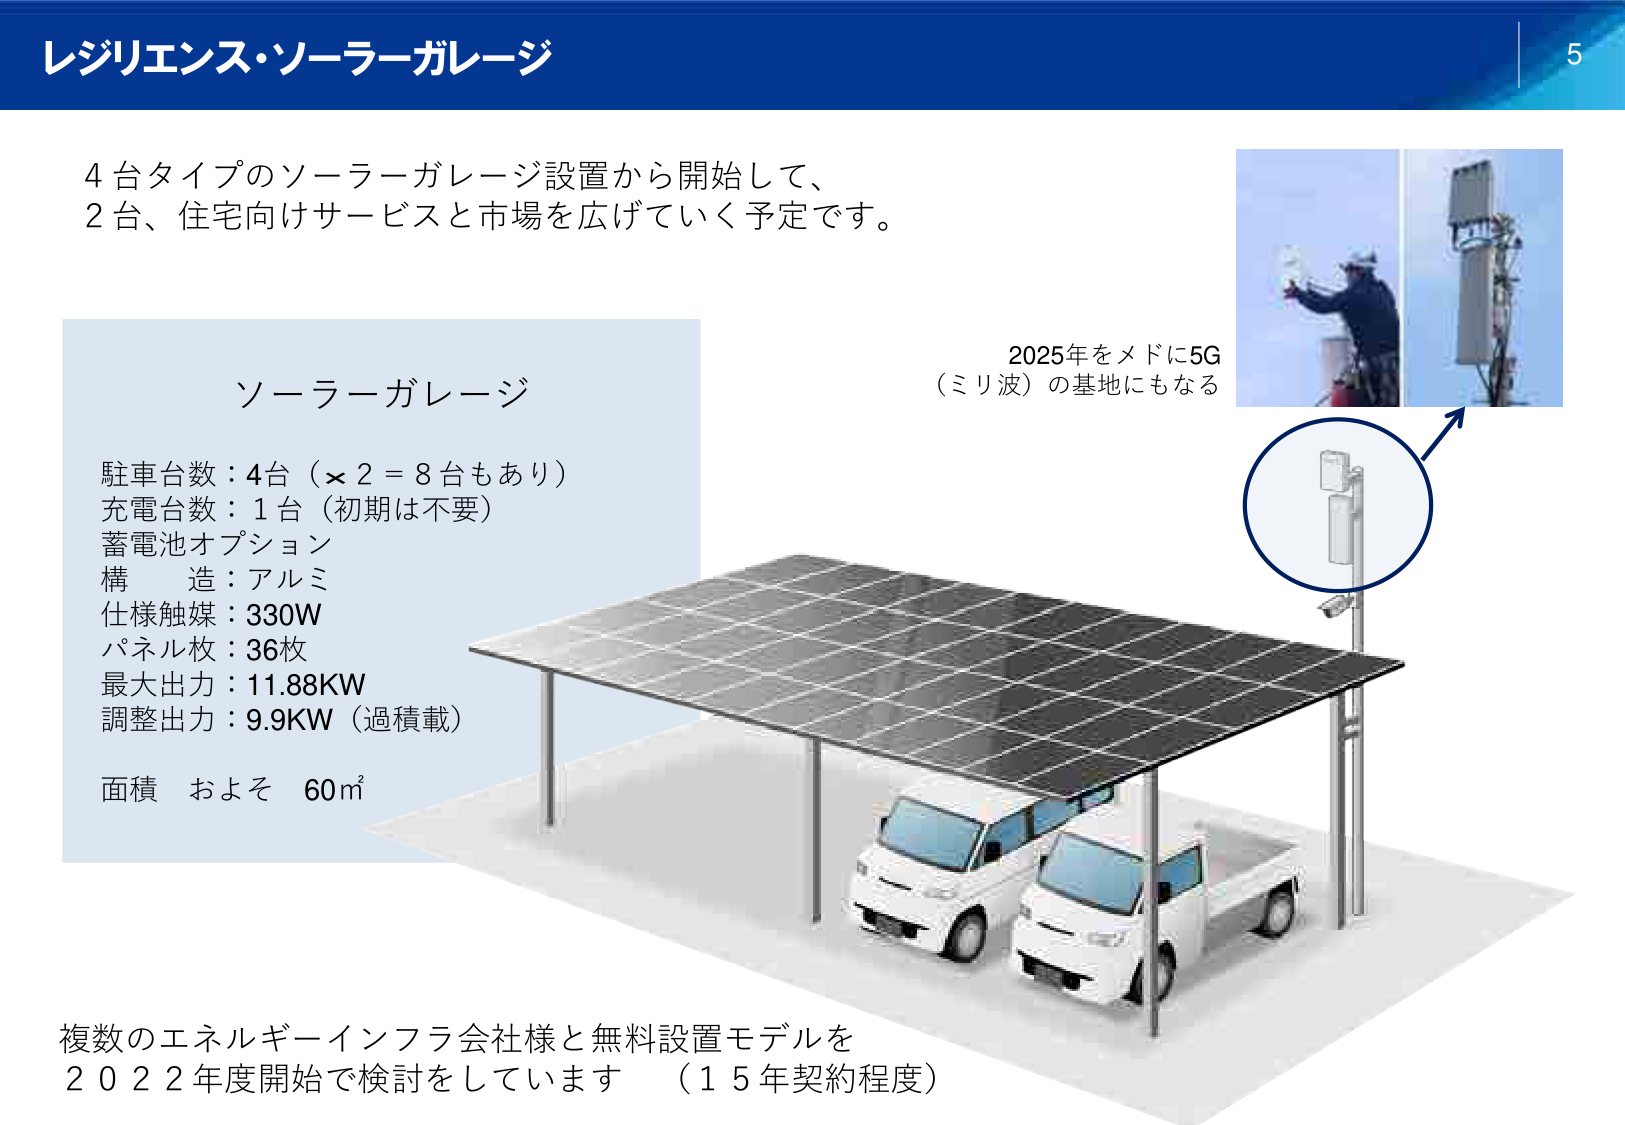
レジリエンス・ソーラーガレージ

4台タイプのソーラーガレージ設置から開始して、
2台、住宅向けサービスと市場を広げていく予定です。

ソーラーガレージ
駐車台数：4台（×2＝8台もあり）
充電台数：1台（初期は不要）
蓄電池オプション
構造：アルミ
仕様触媒：330W
パネル枚：36枚
最大出力：11.88KW
調整出力：9.9KW（過積載）
面積 およそ 60㎡

2025年をメドに5G
（ミリ波）の基地にもなる

複数のエネルギーインフラ会社様と無料設置モデルを
2022年度開始で検討をしています （15年契約程度）

5